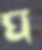
ঘ